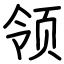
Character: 领